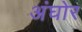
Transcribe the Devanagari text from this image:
अंघोर